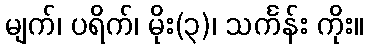
မျက်၊ ပရိက်၊ မိုး(၃)၊ သင်္ကန်း ကိုး။